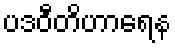
ပဒဝီတိဟာရေန